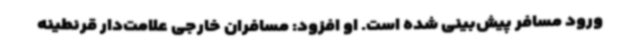
ورود مسافر پیش‌بینی شده است. او افزود: مسافران خارجی علامت‌دار قرنطینه